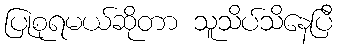
ပြုစုရမယ်ဆိုတာ သူသိပ်သိနေပြီ